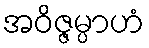
အဝိဇ္ဇမ္ပာဟံ